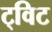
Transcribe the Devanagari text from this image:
ट्‌विट